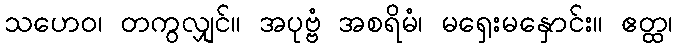
သဟေဝ၊ တကွလျှင်။ အပုဗ္ဗံ အစရိမံ၊ မရှေးမနှောင်း။ ဧတ္ထ၊